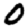
Digit: 0